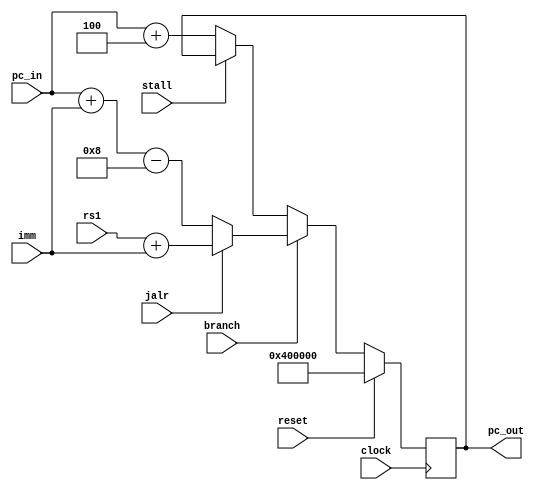
// pc.v
module pc (
	input wire [31:0] pc_in,
	input wire [31:0] imm,
	input wire [31:0] rs1,
	input wire branch,
	input wire jalr,
	input wire stall,
	input wire clock,
	input wire reset,
	output reg [31:0] pc_out
	);
	
	
	initial pc_out <= 4194304;
	
	always @ (posedge clock) begin
		if (reset) begin
			pc_out <= 4194304;
		end else if (branch) begin
			if (jalr) begin
				pc_out <= rs1 + imm;
			end else begin
				pc_out <= pc_in + imm - 8;
			end
		end else if (!stall)begin
			pc_out <= pc_in + 4;
		end
	end
	
endmodule